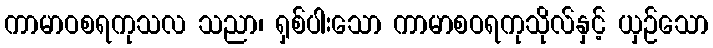
ကာမာဝစရကုသလ သညာ၊ ရှစ်ပါးသော ကာမာစဝရကုသိုလ်နှင့် ယှဉ်သော